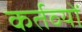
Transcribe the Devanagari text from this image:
कर्तव्‍यों